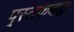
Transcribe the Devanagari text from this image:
पुस्तकबद्ध